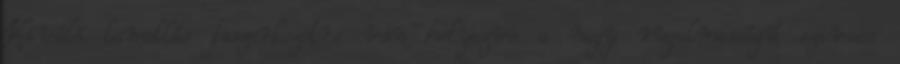
Kiváló lamellás faszerkezetre van helyezve a nagy rugalmasságú szivacs